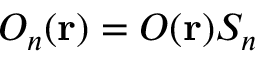
O _ { n } ( \mathbf { r } ) = O ( \mathbf { r } ) S _ { n }